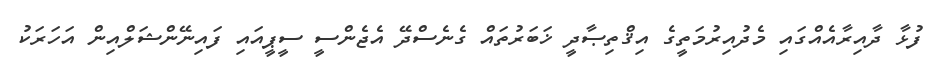
ފުޅާ ދާއިރާއެއްގައި މެދުއިރުމަތީގެ އިޤްތިޞާދީ ޚަބަރުތައް ގެނެސްދޭ އެޖެންސީ ސީޕީއައި ފައިނޭންޝަލްއިން އަހަރަކު